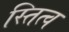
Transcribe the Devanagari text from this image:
स्तित्व